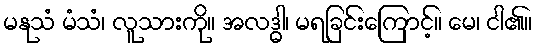
မနုသံ မံသံ၊ လူသားကို။ အလဒ္ဓါ၊ မရခြင်းကြောင့်။ မေ၊ ငါ၏။